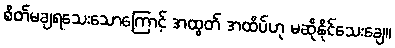
စိတ်မချရသေးသောကြောင့် အထွတ် အထိပ်ဟု မဆိုနိုင်သေးချေ။